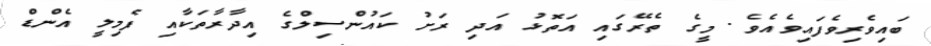
ބައިވެރިވެފައިވެއެވެ. މީގެ ތެރޭގައި އަތޮޅު އަދި ރަށު ކައުންސިލްގެ އިދާރާތަކާއި ފެމިލީ އެންޑް